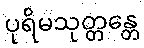
ပုရိမသုတ္တန္တေ